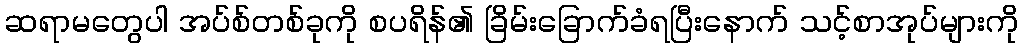
ဆရာမတွေပါ အပ်စ်တစ်ခုကို စပရိန်၏ ခြိမ်းခြောက်ခံရပြီးနောက် သင့်စာအုပ်များကို